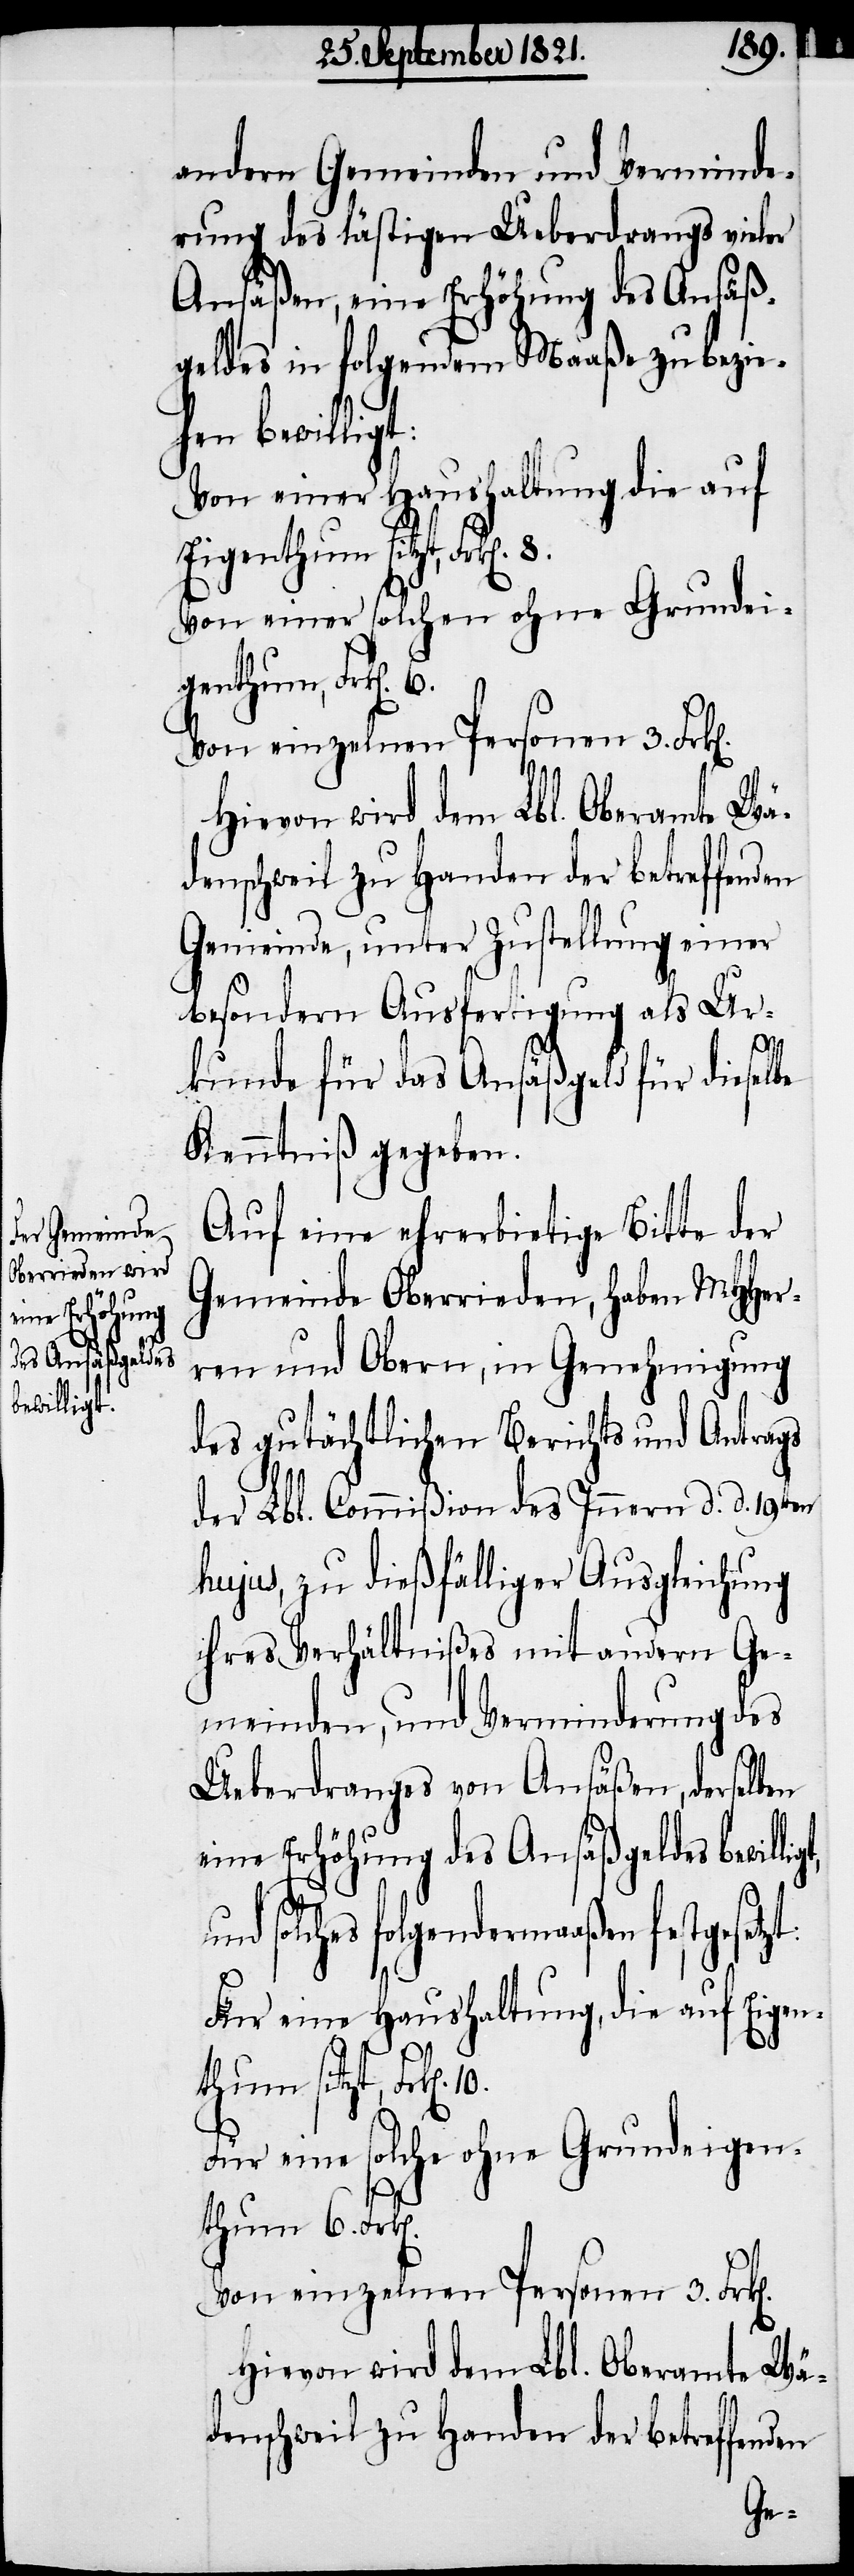
eine Erhöhung
des Ansäßgeldes
bewilligt,

andern Gemeinden und Verminde¬
rung des lästigen Ueberdrangs vieler
Ansäßen, eine Erhöhung des Ansäß¬
geldes in folgendem Maaße zu bezie¬
hen bewilligt:
Von einer Haushaltung die auf
Eigenthum sitzt, F¬
Von einer solchen ohne Grundei¬
n]. 6.
Von einzelnen Personen 3.
Gemeinde, unter Zustellung einer
besondern Ausfertigung als Ur¬
n].
kunde für das Ansäßgeld für dieselbe
Kenntniß gegeben.
Auf eine ehrerbietige Bitte der
Gemeinde Oberrieden, haben MHHer¬
ren und Obern, in Genehmigung
des gutächtlichen Berichts und Antrags
der Lbl. Commißion des Innern d. d. 19ten
hujus, zu dießfälliger Ausgleichung
ihres Verhältnißes mit andern Ge¬
meinden, und Verminderung des
Ueberdranges von Ansäßen, derselben
solches folgendermaaßen festgeset¬
Für eine Haushaltung, die auf Eigen¬
thum sitzt, Frk[en].
Für eine solche ohne Grundeigen¬
thum 6. Frk[e¬
Hievon wird dem Lbl. Oberamte Wä¬
denschweil zu Handen der betreffenden